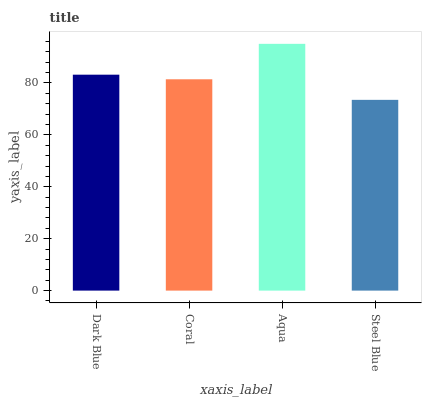
| xaxis_label | bars |
 | --- | --- |
 | Dark Blue | 83.2 |
 | Coral | 81.4 |
 | Aqua | 95.1 |
 | Steel Blue | 73.5 |